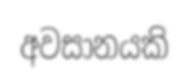
අවසානයකි